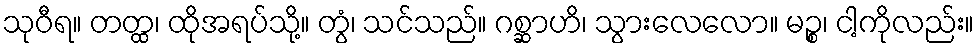
သုဝီရ။ တတ္ထ၊ ထိုအရပ်သို့။ တွံ၊ သင်သည်။ ဂစ္ဆာဟိ၊ သွားလေလော။ မဉ္စ၊ ငါ့ကိုလည်း။